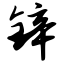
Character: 锌